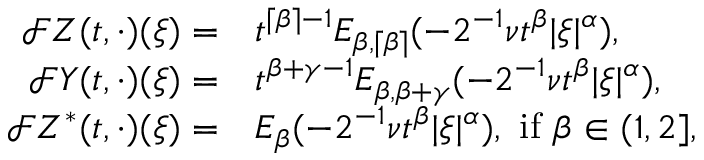
\begin{array} { r l } { \mathcal { F } Z ( t , \cdot ) ( \xi ) = } & { t ^ { \lceil \beta \rceil - 1 } E _ { \beta , \lceil \beta \rceil } ( - 2 ^ { - 1 } \nu t ^ { \beta } | \xi | ^ { \alpha } ) , } \\ { \mathcal { F } Y ( t , \cdot ) ( \xi ) = } & { t ^ { \beta + \gamma - 1 } E _ { \beta , \beta + \gamma } ( - 2 ^ { - 1 } \nu t ^ { \beta } | \xi | ^ { \alpha } ) , } \\ { \mathcal { F } Z ^ { * } ( t , \cdot ) ( \xi ) = } & { E _ { \beta } ( - 2 ^ { - 1 } \nu t ^ { \beta } | \xi | ^ { \alpha } ) , \ \mathrm { i f } \ \beta \in ( 1 , 2 ] , } \end{array}